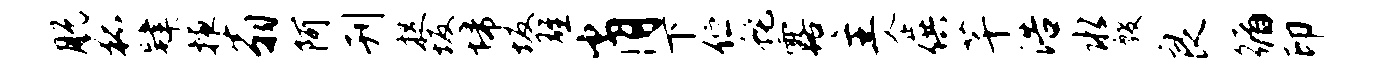
脱狐肄掖翁阿刊捉坂埽坂雄肖下伫蛇露主企供芊浩水殷良循印